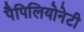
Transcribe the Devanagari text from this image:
पैपिलियोनेटी